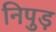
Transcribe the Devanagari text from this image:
निपुड़